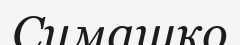
Симашко